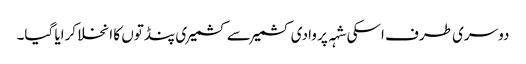
دوسری طرف اسکی شہہ پر وادی کشمیر سے کشمیری پنڈتوں کا انخلا کرایا گیا۔